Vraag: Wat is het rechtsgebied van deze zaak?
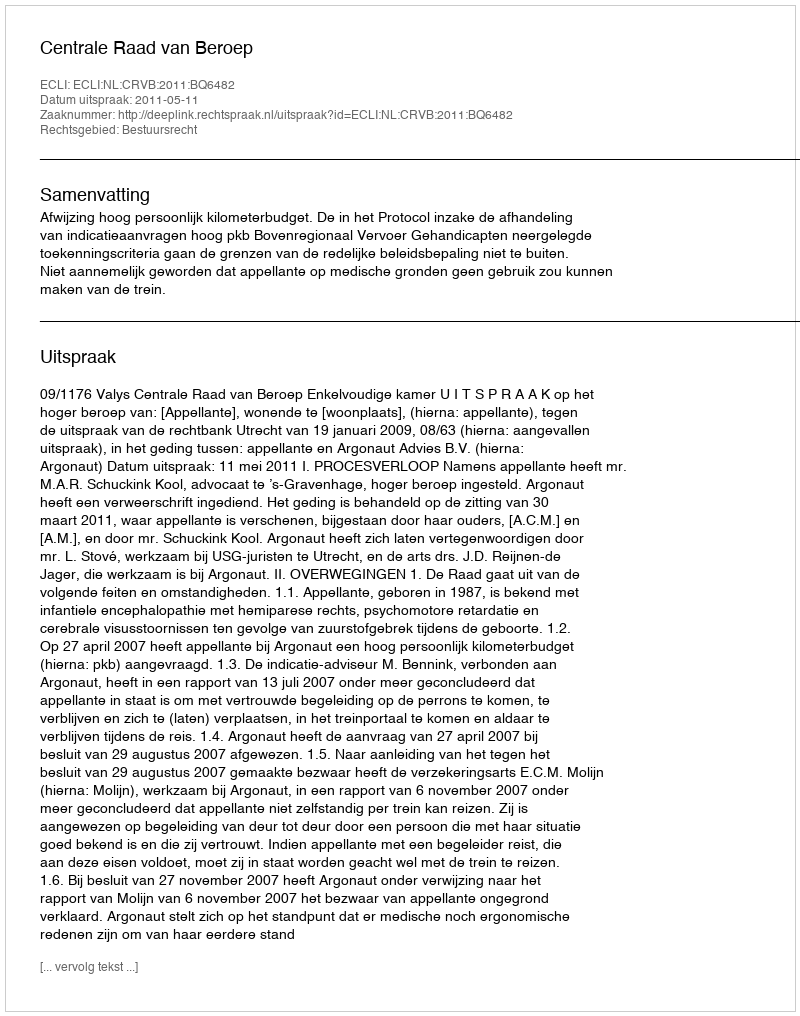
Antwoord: Bestuursrecht